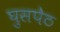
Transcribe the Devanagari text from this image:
घुसपेठ